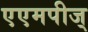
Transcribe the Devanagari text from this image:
एएमपीज्